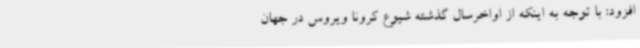
افزود: با توجه به اینکه از اواخرسال گذشته شیوع کرونا ویروس در جهان